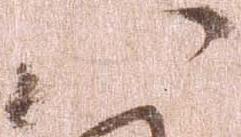
八